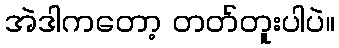
အဲဒါကတော့ တတ်တူးပါပဲ။